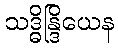
သဒ္ဓိန္ဒြိယေန